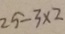
2 5 - 3 \times 2